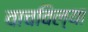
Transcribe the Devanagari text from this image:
वाचविल्या